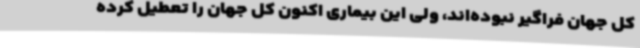
کل جهان فراگیر نبوده‌اند، ولی این بیماری اکنون کل جهان را تعطیل کرده